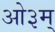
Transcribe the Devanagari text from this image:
आे३म्